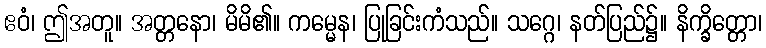
ဧဝံ၊ ဤအတူ။ အတ္တနော၊ မိမိ၏။ ကမ္မေန၊ ပြုခြင်းကံသည်။ သဂ္ဂေ၊ နတ်ပြည်၌။ နိက္ခိတ္တော၊